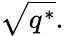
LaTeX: {\sqrt{q^{*}}}.